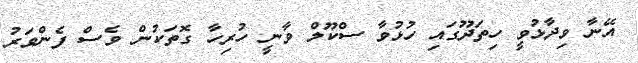
އޭނާ ވިދާޅުވީ ހިތަދޫގައި ހުޅުވާ ސްކޫލް ވާނީ ހުރިހާ ގޮތަކުން ވެސް ފެންވަރު